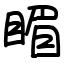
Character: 睸